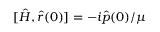
[ \hat { H } , \hat { r } ( 0 ) ] = - i \hat { p } ( 0 ) / \mu